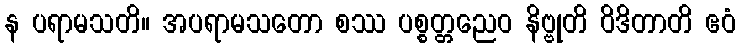
န ပရာမသတိ။ အပရာမသတော စဿ ပစ္စတ္တညေဝ နိဗ္ဗုတိ ဝိဒိတာတိ ဧဝံ